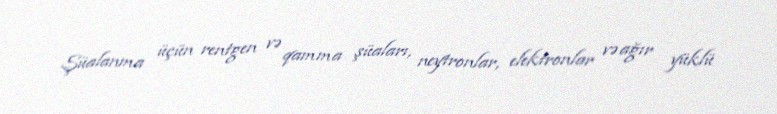
Şüalanma üçün rentgen və qamma şüaları, neytronlar, elektronlar və ağır yüklü